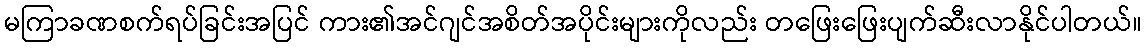
မကြာခဏစက်ရပ်ခြင်းအပြင် ကား၏အင်ဂျင်အစိတ်အပိုင်းများကိုလည်း တဖြေးဖြေးပျက်ဆီးလာနိုင်ပါတယ်။